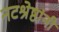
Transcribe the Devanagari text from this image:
नटश्रेष्ठांनी